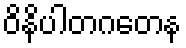
ဝိနိပါတဂတေန